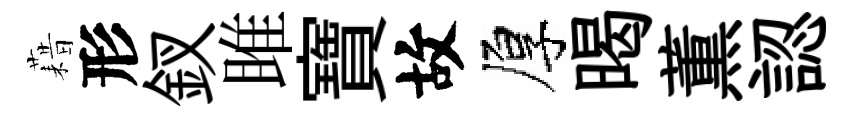
藉形釵雎寶故厚暍薫認